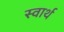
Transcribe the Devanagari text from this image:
स्‍वार्थ